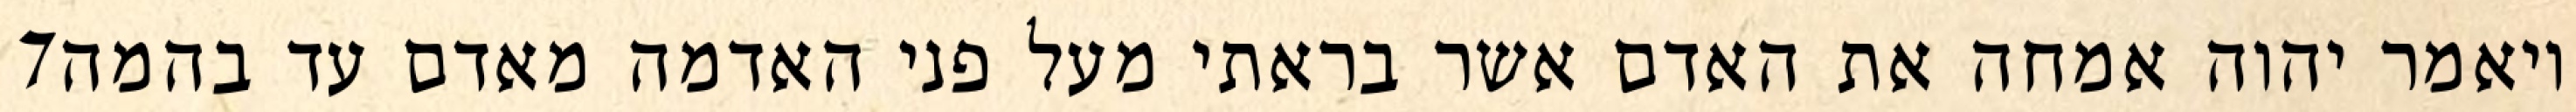
‎7‏ ויאמר יהוה אמחה את האדם אשר בראתי מעל פני האדמה מאדם עד בהמה